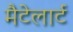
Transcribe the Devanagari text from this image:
मैटेलार्ट